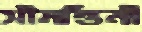
সীমন্তিনী